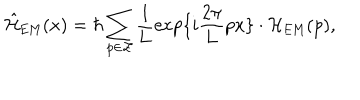
LaTeX: \hat { \cal H } _ { \mathrm { E M } } ( x ) = \hbar \sum _ { p \in \cal Z } \frac { 1 } { 1 } { L } \exp \{ i \frac { 2 \pi } { 2 \pi } { L } p x \} \cdot { \cal H } _ { \mathrm { E M } } ( p ) ,